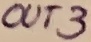
Text: OUT3